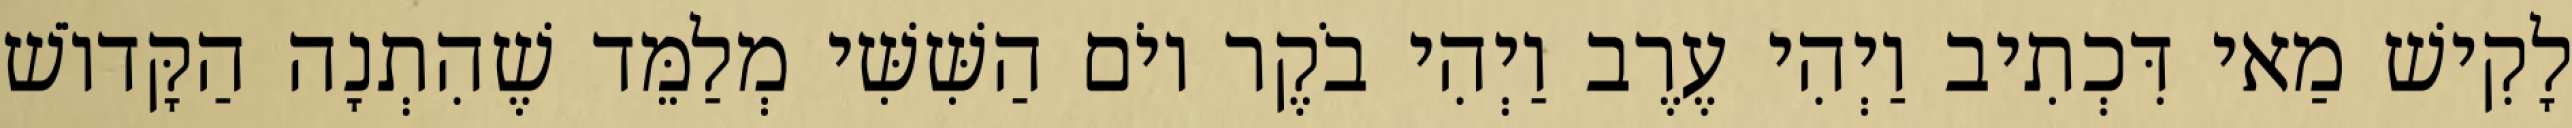
לָקִישׁ מַאי דִּכְתִיב וַיְהִי עֶרֶב וַיְהִי בֹקֶר יוֹם הַשִּׁשִּׁי מְלַמֵּד שֶׁהִתְנָה הַקָּדוֹשׁ